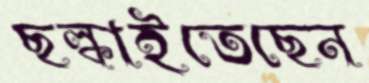
ছল্‌কাইতেছেন